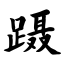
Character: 蹑